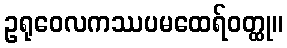
ဥရုဝေလကဿပမထေရ်ဝတ္ထု။